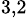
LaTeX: ^{3,2}